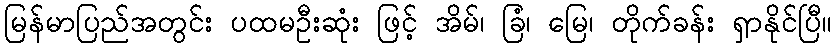
မြန်မာပြည်အတွင်း ပထမဦးဆုံး ဖြင့် အိမ်၊ ခြံ၊ မြေ၊ တိုက်ခန်း ရှာနိုင်ပြီ။